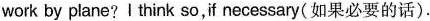
work by plane?I think so,if necessary( 如果必要的话).